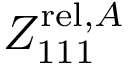
Z _ { 1 1 1 } ^ { \mathrm { r e l } , A }